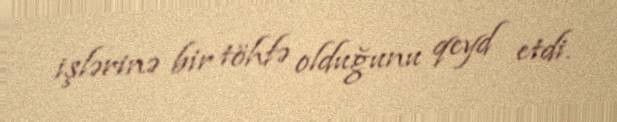
işlərinə bir töhfə olduğunu qeyd etdi.